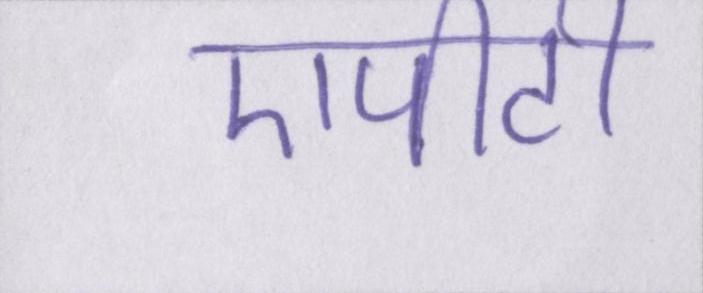
एपीटी